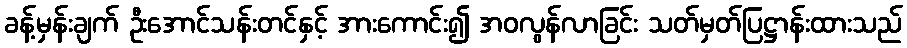
ခန့်မှန်းချက် ဦးအောင်သန်းတင်နှင့် အားကောင်း၍ အဝလွန်လာခြင်း သတ်မှတ်ပြဋ္ဌာန်းထားသည်